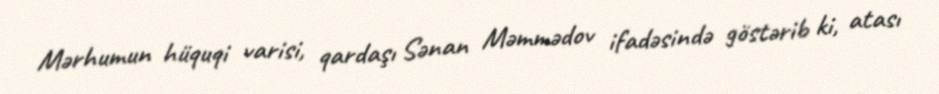
Mərhumun hüquqi varisi, qardaşı Sənan Məmmədov ifadəsində göstərib ki, atası